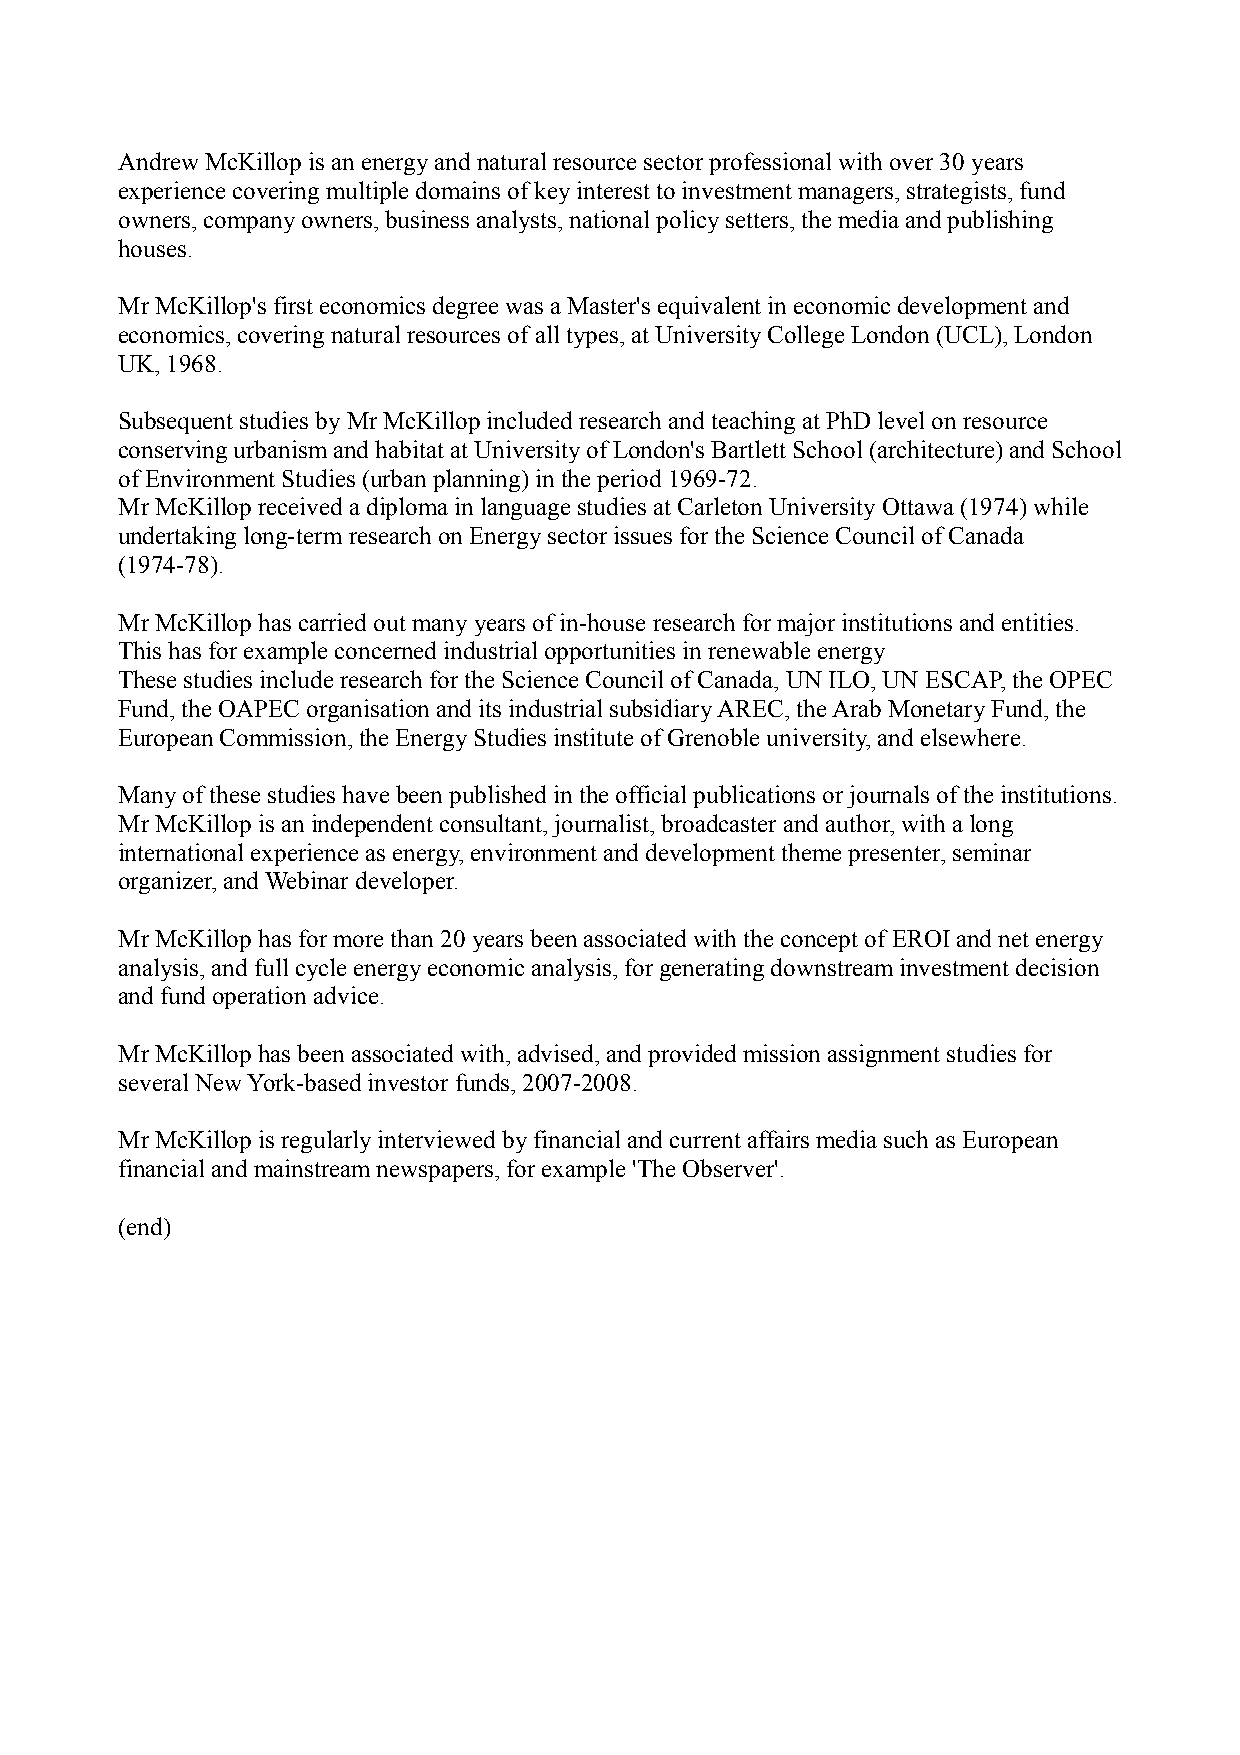
Andrew McKillop is an energy and natural resource sector professional with over 30 years
 experience covering multiple domains of key interest to investment managers, strategists, fund
 owners, company owners, business analysts, national policy setters, the media and publishing
 houses.
 Mr McKillop's first economics degree was a Master's equivalent in economic development and
 economics, covering natural resources of all types, at University College London (UCL), London
 UK, 1968.
 Subsequent studies by Mr McKillop included research and teaching at PhD level on resource
 conserving urbanism and habitat at University of London's Bartlett School (architecture) and School
 of Environment Studies (urban planning) in the period 1969-72.
 Mr McKillop received a diploma in language studies at Carleton University Ottawa (1974) while
 undertaking long-term research on Energy sector issues for the Science Council of Canada
 (1974-78).
 Mr McKillop has carried out many years of in-house research for major institutions and entities.
 This has for example concerned industrial opportunities in renewable energy
 These studies include research for the Science Council of Canada, UN ILO, UN ESCAP, the OPEC
 Fund, the OAPEC organisation and its industrial subsidiary AREC, the Arab Monetary Fund, the
 European Commission, the Energy Studies institute of Grenoble university, and elsewhere.
 Many of these studies have been published in the official publications or journals of the institutions.
 Mr McKillop is an independent consultant, journalist, broadcaster and author, with a long
 international experience as energy, environment and development theme presenter, seminar
 organizer, and Webinar developer.
 Mr McKillop has for more than 20 years been associated with the concept of EROI and net energy
 analysis, and full cycle energy economic analysis, for generating downstream investment decision
 and fund operation advice.
 Mr McKillop has been associated with, advised, and provided mission assignment studies for
 several New York-based investor funds, 2007-2008.
 Mr McKillop is regularly interviewed by financial and current affairs media such as European
 financial and mainstream newspapers, for example 'The Observer'.
 (end)